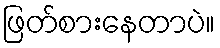
ဖြတ်စားနေတာပဲ။